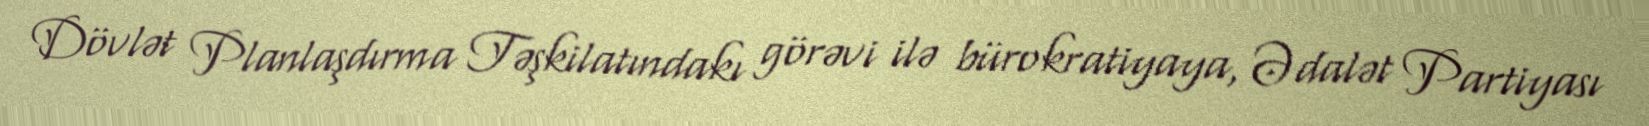
Dövlət Planlaşdırma Təşkilatındakı görəvi ilə bürokratiyaya, Ədalət Partiyası